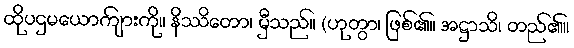
ထိုပဌမယောကျ်ားကို။ နိဿိတော၊ မှီသည်။ (ဟုတွာ၊ ဖြစ်၏။ အဋ္ဌာသိ၊ တည်၏။